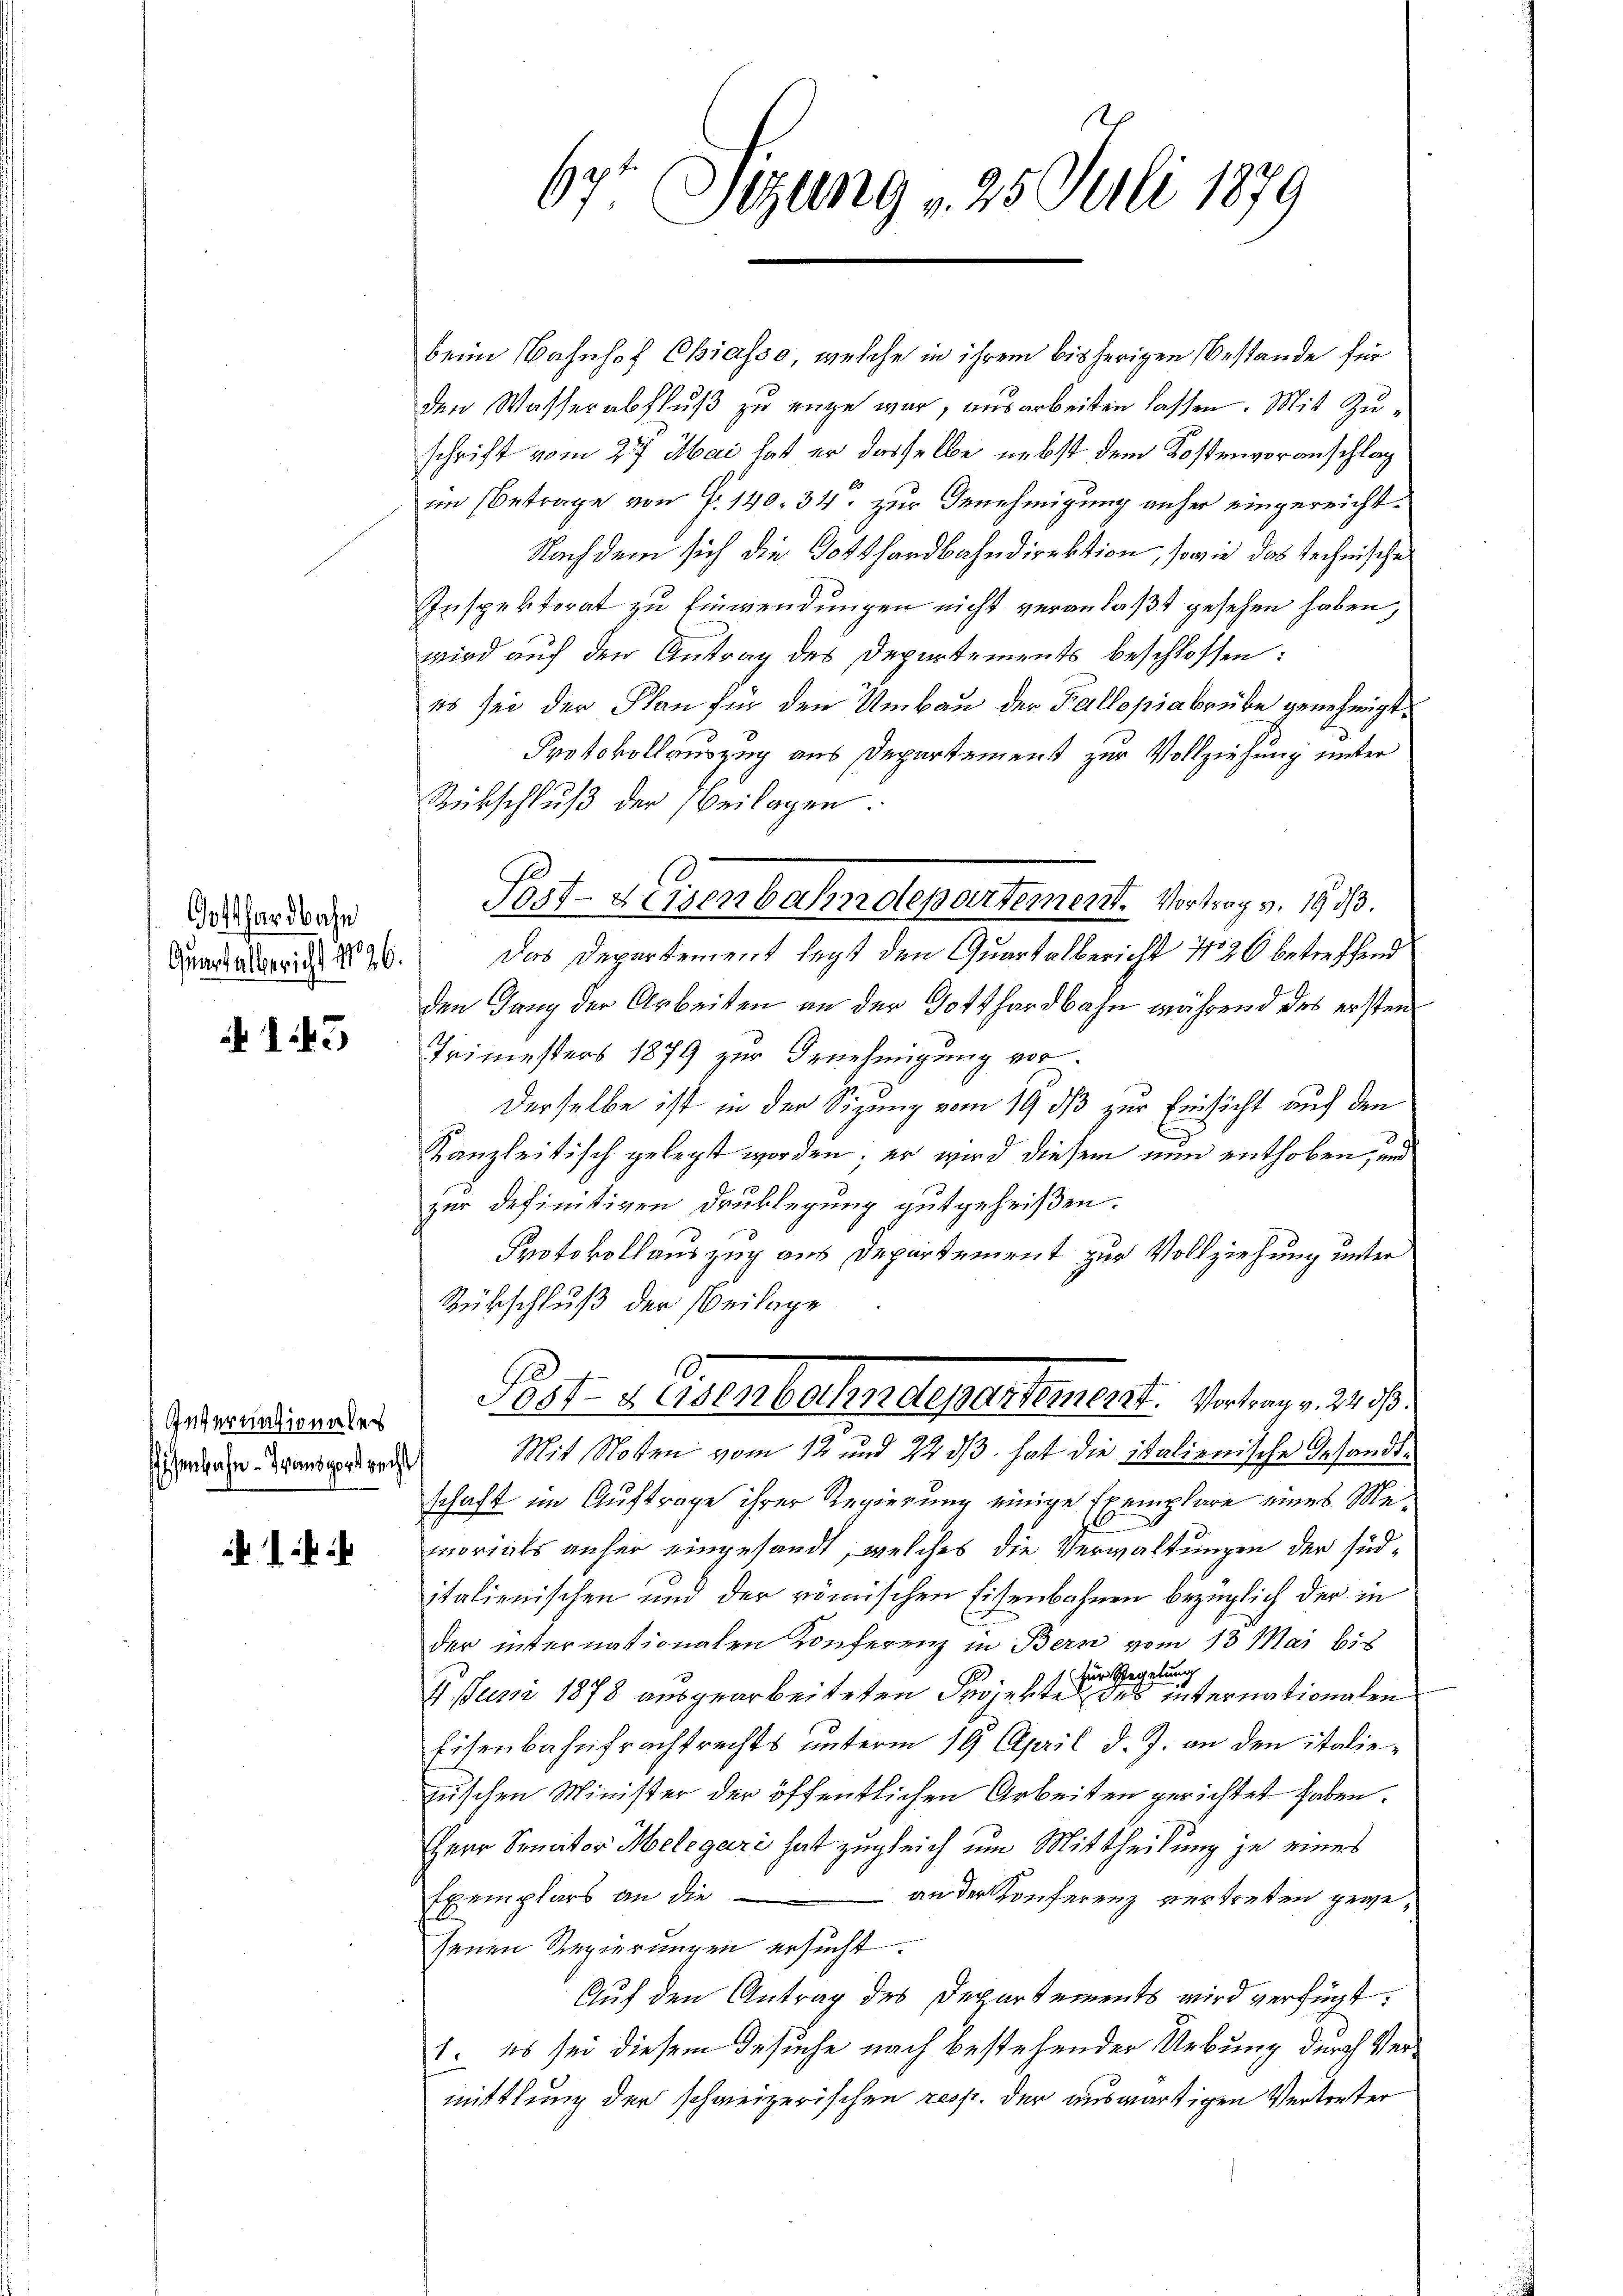
Gotthardbahn
Quartalbericht No 26.

145

Interentionales

67t Sizung v. 25. Juli 1879

beim Bahnhof Chiasso, welche in ihrem bisherigen Bestände für
den Wasserabfluß zu enge war, ausarbeiten lassen. Mit Zuschrift vom 27. Mai hat er dasselbe nebst dem Kostenvoranschlag
im Betrage von Fr. 140. 34. zur Genehmigung anher eingereicht¬
Nachdem sich die Gotthardbahndirektion, sowie das technische
Inspektorat zu Einwendungen nicht veranlaßt gesehen haben,
wird auf den Antrag des Departements beschlossen:
es sei der Plan für den Umbau der Fallopiabrube genehmigt.
Protokollauszug aus Departement zur Vollziehung unter
Rückschluß der Beilagen.
Das Departement legt den Quartalbericht 1426 betreffend
den Gang der Arbeiten an der Gotthardbahn während des ersten
Frimesters 1879 zur Genehmigung vor.
Derselbe ist in der Sizung vom 19. ds zur Einsicht auf den
Kanzleitisch gelegt worden; er wird diesem nun enthoben, und
Z 10
zur definitiven Drücklegung gutgeheißen.
Protokollauszug aus Departement zur Vollziehung unter
Rübschluß der Beilage
.
Post- Hasenbahndepartement. Vortrag v. 24 dß.
zeren Transporten Mit Noten vom 12 und 2233. hat die italienische Gesandtschaft im Auftrage ihrer Regierung einige Exemplare eines Memoriats anher eingesandt, welches die Verwaltungen der süditalienischen und der römischen Eisenbahnen bezüglich der in
der internationalen Konferenz in Bern vom 13 Mai bis
1 für Regelung
2. Juni 1878 ausgearbeiteten Projekte des internationalen
Eisenbahnfrachtrechts unterm 19. April d. J. an den italiezuschen Minister der öffentlichen Arbeiten gerichtet haben.
Herr Senator Melegari hat zugleich um Mittheilung je eines
Exemplars an die
an der Konferenz vertreten gewesenen Regierungen ersucht.
Auf den Antrag des Departements wird verfügt:
1. es sei diesem Gesuche nach bestehenden Uebung durch Vermittlung der schweizerischen resp. der auswärtigen Vertreter

Post-Keisenbahndepartement. Vortrag v. 1933.